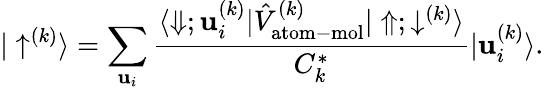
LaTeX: |\uparrow^{(k)}\rangle=\sum_{\mathbf{u}_{i}}\frac{{\langle\Downarrow;\mathbf{u}_{i}^{(k)}|\hat{{V}}_{\mathrm{{atom-mol}}}^{(k)}|\Uparrow;\downarrow^{(k)}\rangle}}{{C_{k}^{*}}}|\mathbf{u}_{i}^{(k)}\rangle.